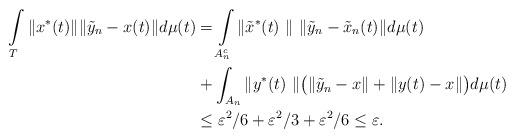
LaTeX: \begin{align*} \int\limits_T \| x^*(t)\| \| \tilde{y}_n -x(t)\| d\mu(t) &=\int\limits_{A_n^c} \|\tilde{x}^*(t) \| \|\tilde{y}_n - \tilde{x}_n(t) \| d\mu(t)\\& + \int_{A_n} \| y^*(t) \|\big( \| \tilde{y}_n - x \| + \|y(t) - x \| \big) d\mu(t) \\&\leq \varepsilon^2/6 + \varepsilon^2/3 + \varepsilon^2/6 \leq \varepsilon.\end{align*}